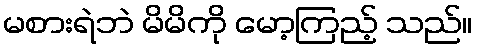
မစားရဲဘဲ မိမိကို မော့ကြည့် သည်။